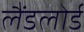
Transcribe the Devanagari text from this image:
लैंडलोर्ड